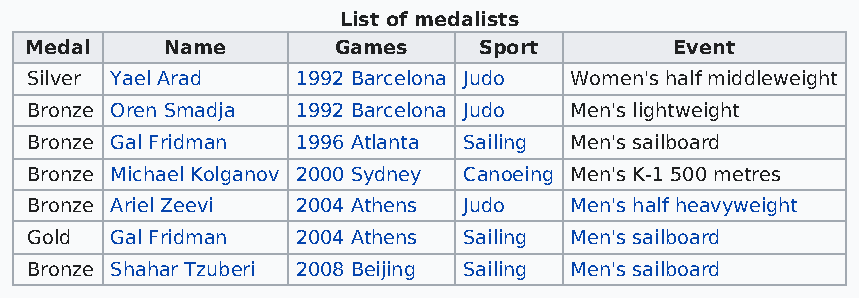
List of medalists
 Medal    Name       Games     Sport        Event
 Silver Yael Arad  1992 Barcelona Judo Women's half middleweight
 Bronze Oren Smadja 1992 Barcelona Judo Men's lightweight
 Bronze Gal Fridman 1996 Atlanta Sailing Men's sailboard
 Bronze Michael Kolganov 2000 Sydney Canoeing Men's K-1 500 metres
 Bronze Ariel Zeevi 2004 Athens Judo Men's half heavyweight
 Gold Gal Fridman  2004 Athens Sailing Men's sailboard
 Bronze Shahar Tzuberi 2008 Beijing Sailing Men's sailboard